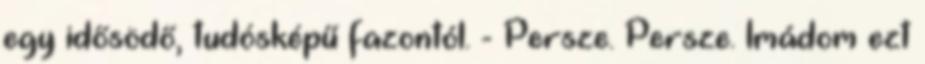
egy idősödő, tudósképű fazontól. - Persze. Persze. Imádom ezt